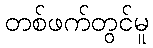
တစ်ဖက်တွင်မူ